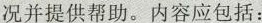
况并提供帮助。内容应包括：